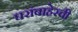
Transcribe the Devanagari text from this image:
घरांबाहेरची